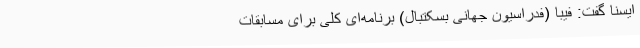
ایسنا گفت: فیبا (فدراسیون جهانی بسکتبال) برنامه‌ای کلی برای مسابقات